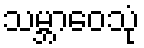
သမ္ဘာဝေသုံ